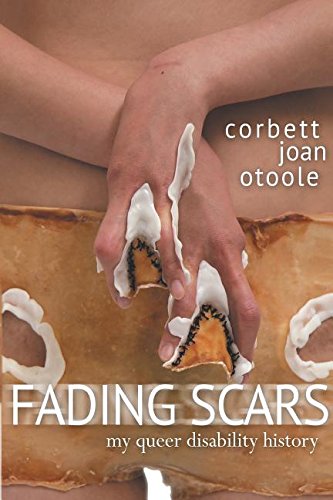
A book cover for Fading Scars: My Queer Disability History; Corbett Joan OToole; Gay & Lesbian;